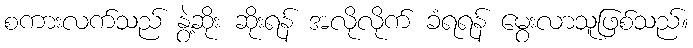
စကားလက်သည် နွဲ့ဆိုး ဆိုးရန် အလိုလိုက် ခံရရန် မွေးလာသူဖြစ်သည်။